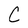
Character: C